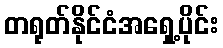
တရုတ်နိုင်ငံအရှေ့ပိုင်း